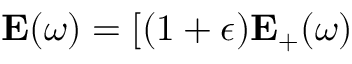
\mathbf { E } ( \omega ) = [ ( 1 + \epsilon ) \mathbf { E } _ { + } ( \omega )